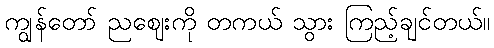
ကျွန်တော် ညဈေးကို တကယ် သွား ကြည့်ချင်တယ်။